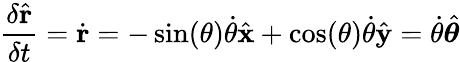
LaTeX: {\frac{\delta{\hat{\mathbf{r}}}}{\delta t}}={\dot{\mathbf{r}}}=-\sin(\theta){\dot{\theta}}{\hat{\mathbf{x}}}+\cos(\theta){\dot{\theta}}{\hat{\mathbf{y}}}={\dot{\theta}}{\hat{\boldsymbol{\theta}}}